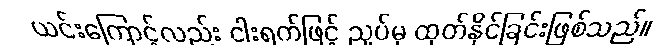
ယင်းကြောင့်လည်း ငါးရက်ဖြင့် ညှပ်မှ ထုတ်နိုင်ခြင်းဖြစ်သည်။